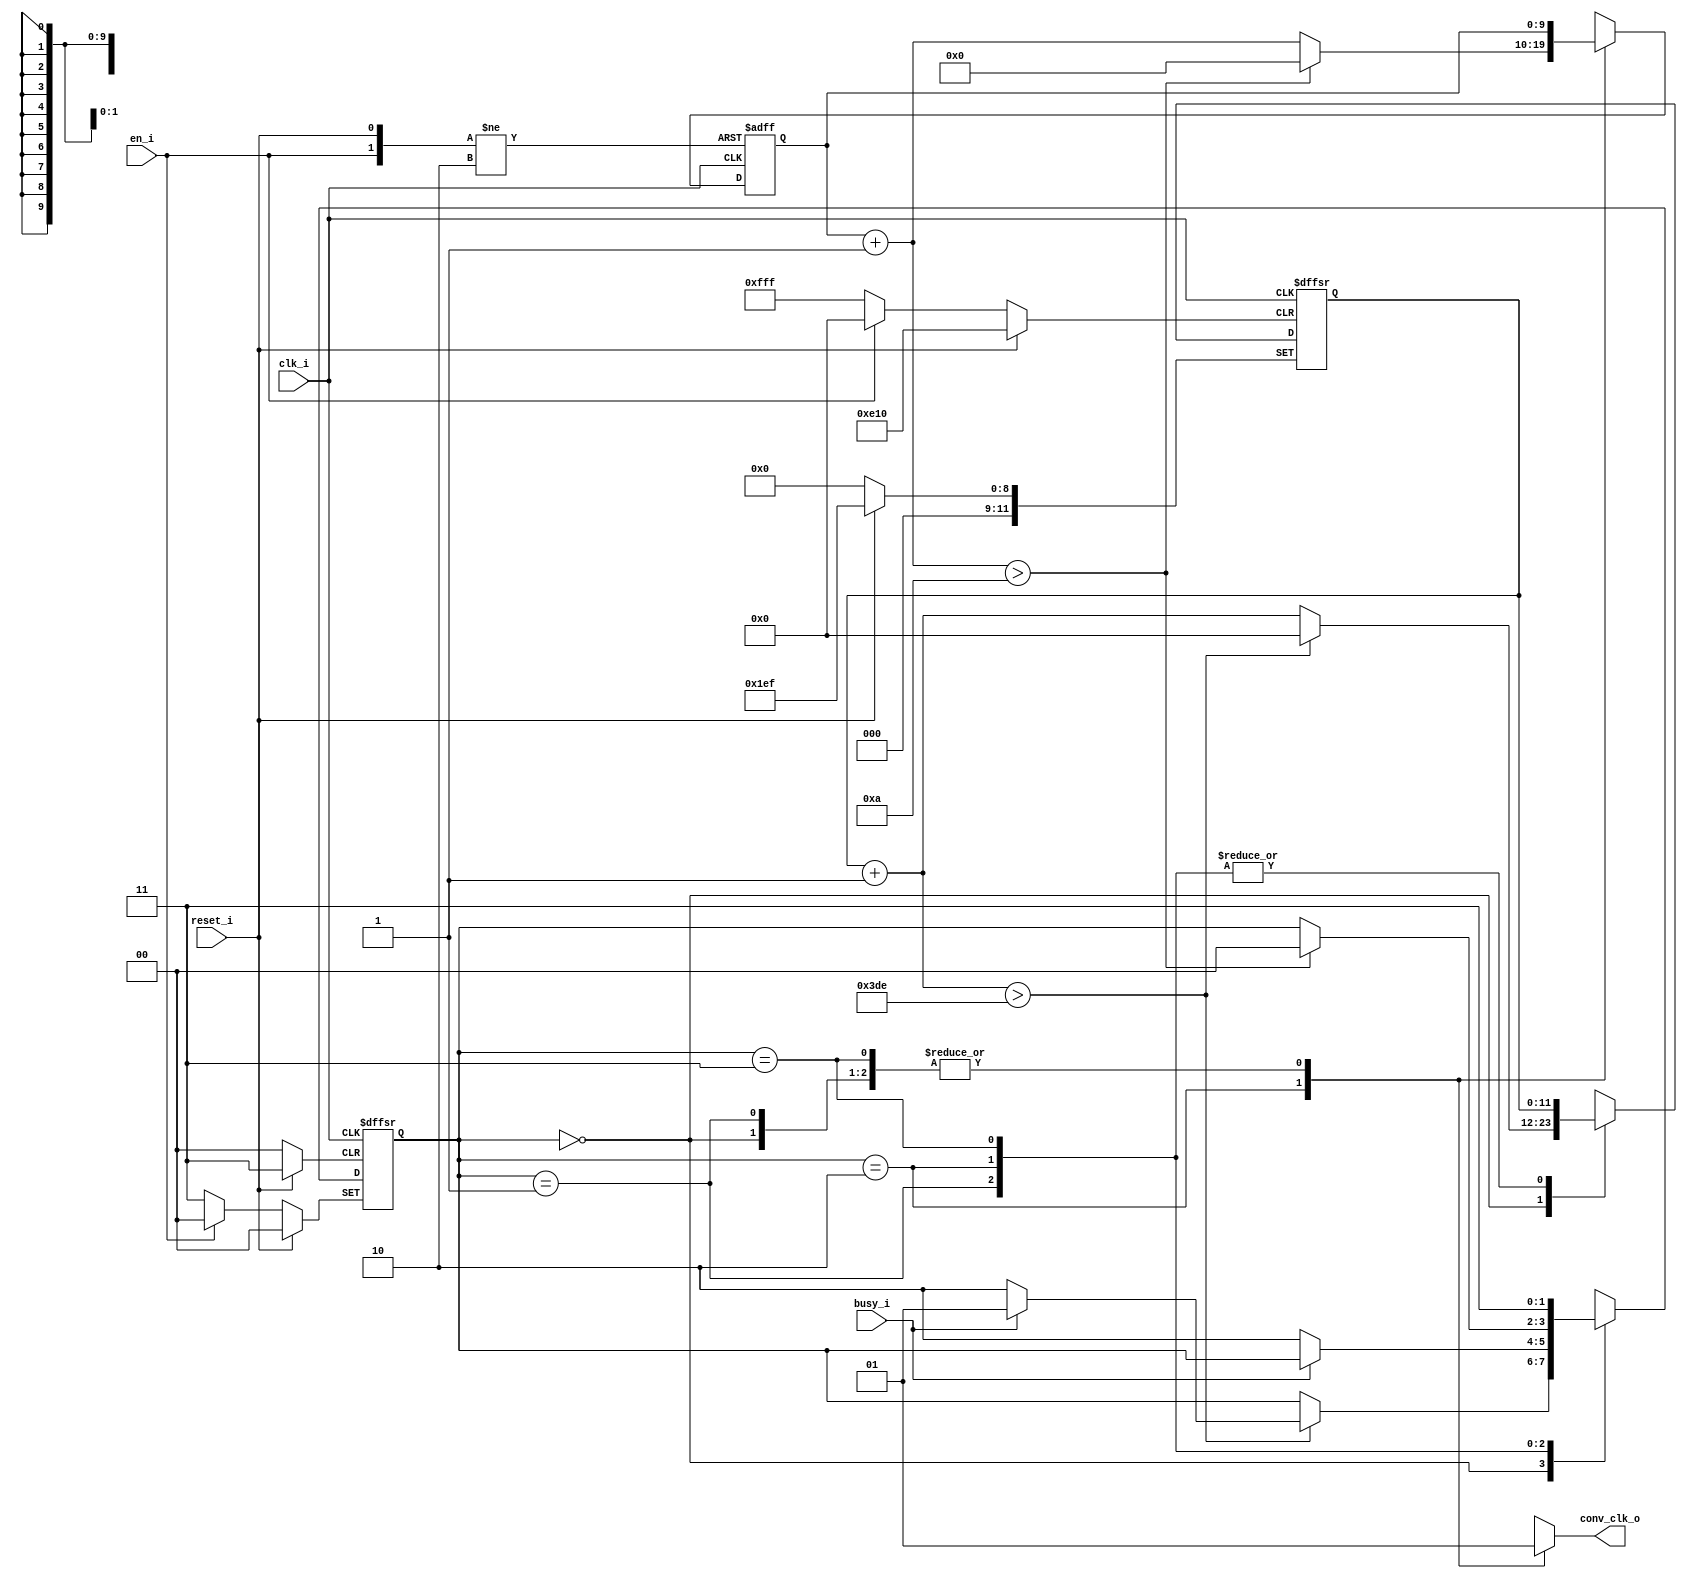
`timescale 1ns/1ps
`define HI      1
`define LO      0


module daqtriggerctrl(
clk_i,
busy_i,
conv_clk_o,
reset_i,
en_i
);

parameter IDLE = 2'b00;
parameter WAIT_FOR_BUSY = 2'b01;
parameter TRIGGER = 2'b10;
parameter PAUSE = 2'b11;

//TODO: Calculate these in Hertz using macro
parameter CYCLES_TIL_TRIGGER_ON = 990;
parameter CYCLES_TIL_TRIGGER_OFF = 10;

input wire clk_i;
input wire  busy_i;
output reg conv_clk_o=1;
input wire reset_i;
input wire en_i;

reg [1:0] trigger_state = IDLE;
reg [1:0] trigger_nextstate = IDLE;

reg [11:0] count_til_trigger_on = 0;
reg [9:0] count_til_trigger_off = 0;


always @(posedge clk_i, posedge reset_i, negedge en_i) begin
        if (!en_i) begin
                trigger_state = PAUSE;
                count_til_trigger_on = 0;
                count_til_trigger_off = 0;                
        end else if (reset_i) begin
                trigger_state = IDLE;
                count_til_trigger_on = CYCLES_TIL_TRIGGER_ON/2;
                count_til_trigger_off = 0;                
        end else begin
                case(trigger_state)
                        IDLE: begin
                                count_til_trigger_on=count_til_trigger_on+1;
                                if(count_til_trigger_on > CYCLES_TIL_TRIGGER_ON) begin
                                        count_til_trigger_on = 0;
                                        if(busy_i==`HI) trigger_state = WAIT_FOR_BUSY;
                                        else trigger_state = TRIGGER;
                                end
                        end
                        WAIT_FOR_BUSY: begin
                                if(busy_i==`LO) trigger_state = TRIGGER;
                        end
                        TRIGGER: begin
                                count_til_trigger_off=count_til_trigger_off+1;
                                if(count_til_trigger_off>CYCLES_TIL_TRIGGER_OFF) begin
                                        count_til_trigger_off=0;
                                        trigger_state = IDLE;
                                end
                                
                        end
                        PAUSE:
                                trigger_state = PAUSE;
                                // DO NOTHING
                        default: begin
                                count_til_trigger_on=0;
                                count_til_trigger_off=0;
                                trigger_state = IDLE;
                        end
                  endcase
          end
end

always @(trigger_state) begin
        case(trigger_state)
                IDLE: begin
                        conv_clk_o <= `HI;
                end
                WAIT_FOR_BUSY: begin
                        conv_clk_o <= `HI;
                end
                TRIGGER: begin
                        conv_clk_o <= `LO;
                end
                PAUSE:
                        conv_clk_o <=`HI;
                default: begin
                        conv_clk_o <= `HI;                       
                end
        endcase
end

endmodule